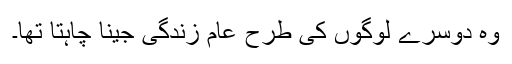
وہ دوسرے لوگوں کی طرح عام زندگی جینا چاہتا تھا۔